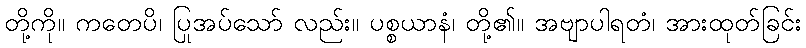
တို့ကို။ ကတေပိ၊ ပြုအပ်သော် လည်း။ ပစ္စယာနံ၊ တို့၏။ အဗျာပါရတံ၊ အားထုတ်ခြင်း